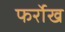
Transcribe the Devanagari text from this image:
फर्रोख